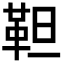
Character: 靼